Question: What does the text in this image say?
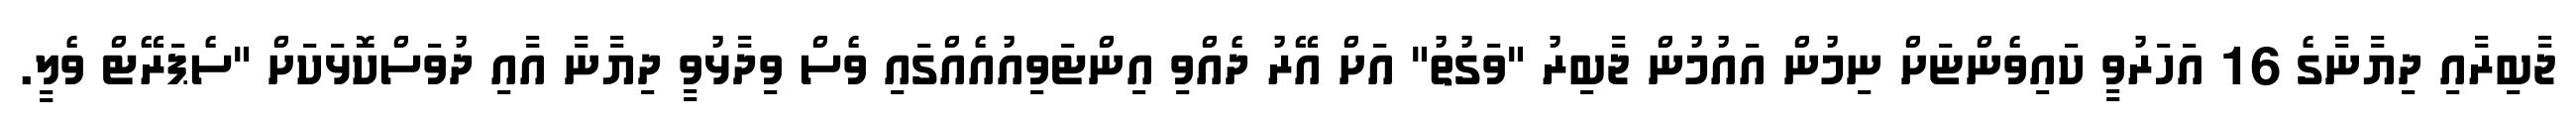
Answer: ޖާބިރާއި ދިޔާނާގެ 16 އަހަރުވީ ކައިވެންޏަށް ނިމުން އައުމުން ޖާބިރު "ވަގުތު" އަށް އޭރު ދެއްވި އިންޓަވިއުއެއްގައި ވެސް ވިދާޅުވީ ދިޔާނާ އާއި ދުވަސްކޮޅަކަށް "ސެޕަރޭޓް ވެލީ.